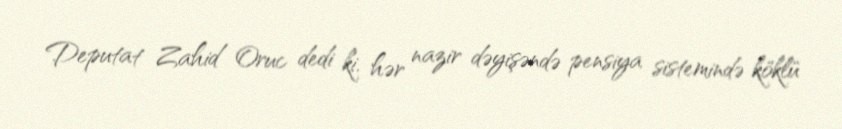
Deputat Zahid Oruc dedi ki, hər nazir dəyişəndə pensiya sistemində köklü